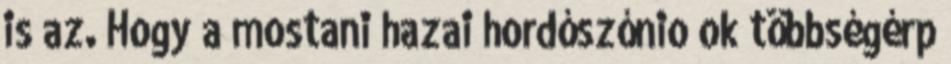
is az. Hogy a mostani hazai hordószónio ok többségérp